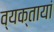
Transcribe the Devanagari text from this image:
व्यक्तायां